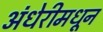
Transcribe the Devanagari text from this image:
अंधेरीमधून